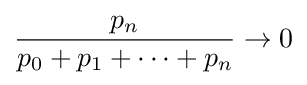
{\frac {p_{n}}{p_{0}+p_{1}+\cdots +p_{n}}}\rightarrow 0